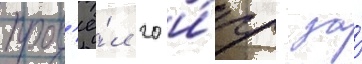
пров'ё́л 20 и́гр за́